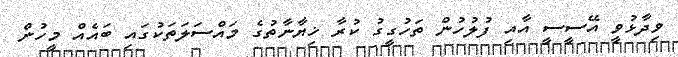
ވިދާޅުވީ އޭސީސީ އާއި ފުލުހުން ތަހުގީގު ކުރާ ޚިޔާނާތުގެ މައްސަލަތަކުގައި ބައެއް މީހުން